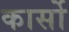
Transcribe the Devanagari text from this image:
कार्सो